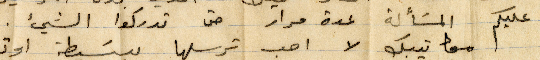
عليكم المسألة عدة مرار حتى تدركوا الشيء.